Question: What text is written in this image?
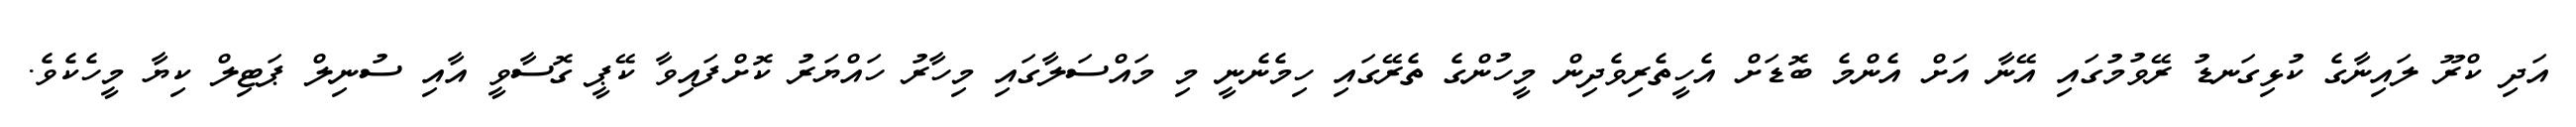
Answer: އަދި ކްރޫ ލައިނާގެ ކުޅިގަނޑު ރޭވުމުގައި އޭނާ އަށް އެންމެ ބޮޑަށް އެހީތެރިވެދިން މީހުންގެ ތެރޭގައި ހިމެނެނީ މި މައްސަލާގައި މިހާރު ހައްޔަރު ކޮށްފައިވާ ކޭޕީ ގޮސާވީ އާއި ސުނިލް ޕަޓިލް ކިޔާ މީހެކެވެ.